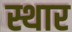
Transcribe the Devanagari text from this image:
स्थार